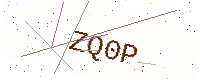
Text: ZQ0P